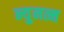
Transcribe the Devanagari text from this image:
न्युनत्म